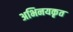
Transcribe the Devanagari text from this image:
अभिनयकृत